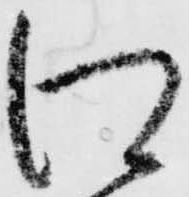
江